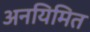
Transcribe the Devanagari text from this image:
अनयिमित